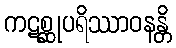
ကဋစ္ဆုပရိဿာဝနန္တိ